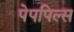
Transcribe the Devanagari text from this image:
पेपपिल्स